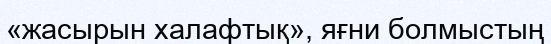
«жасырын халафтық», яғни болмыстың